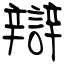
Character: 辯